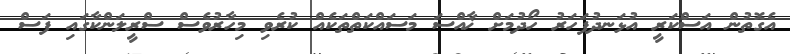
އެގޮތުން އަސްކަރީ އުޅަނދުފަހަރު ހޯދުމަށް ޚާއްސަ މަސައްކަތްތަކެއް ކުރެވި މިހާރުވެސް ސްރީލަންކާގައި ފަސް